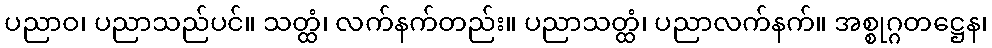
ပညာဝ၊ ပညာသည်ပင်။ သတ္ထံ၊ လက်နက်တည်း။ ပညာသတ္ထံ၊ ပညာလက်နက်။ အစ္စုဂ္ဂတဋ္ဌေန၊